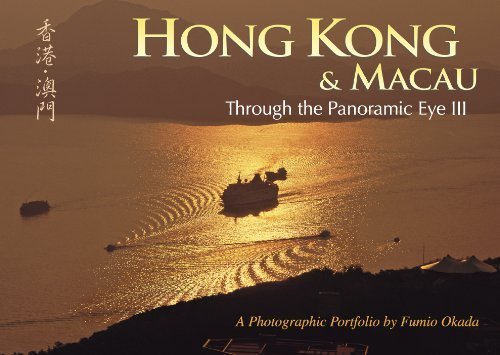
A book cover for Hong Kong & Macau Through the Panoramic Eye III; Fumio Okada; Travel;